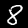
Digit: 8